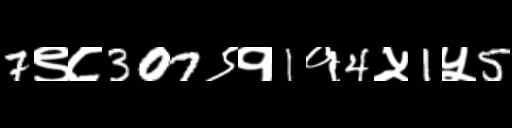
Text: 7९८307९१1१4५1५5